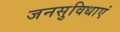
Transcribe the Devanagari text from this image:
जनसुविधाएं